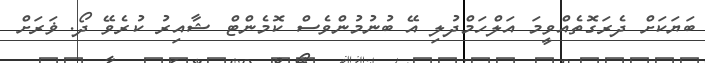
ބަޔަކަށް ދެރަގޮތެއްވީމަ އަލްހަމްދުލި އޭ ބުނުމުންވެސް ކޮމެންޓް ޝާއިރު ކުރެވޭ ދޯ. ޥަރަށް